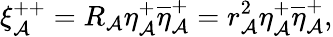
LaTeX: \xi_{\mathcal{A}}^{++}=R_{\mathcal{A}}\eta_{\mathcal{A}}^{+}\overline{{{{\eta}}}}_{\mathcal{A}}^{+}=r_{\mathcal{A}}^{2}\eta_{\mathcal{A}}^{+}\overline{{{{\eta}}}}_{\mathcal{A}}^{+},